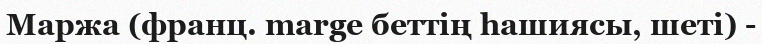
Маржа (франц. marge беттің һашиясы, шеті) -